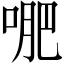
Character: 𭈙